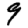
Digit: 9